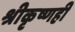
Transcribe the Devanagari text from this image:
श्रीकृष्णही